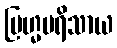
ဗြဟ္မပရိသာယ